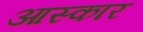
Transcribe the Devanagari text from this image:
आस्कार